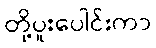
တို့ပူးပေါင်းကာ